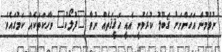
ނުވުމުން އަހަންނަށް ޤަބޫލު ކުރެވުނީ އެއީ ހަޤީޤަތެއް ނުވާ "ފުލޯކު" ވާހަކަތަކެއް ކަމުގައެވެ.